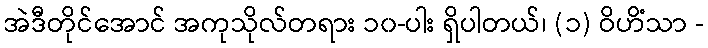
အဲဒီတိုင်အောင် အကုသိုလ်တရား ၁၀-ပါး ရှိပါတယ်၊ (၁) ဝိဟိံသာ -